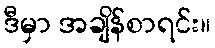
ဒီမှာ အချိန်စာရင်း။